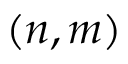
( n , m )